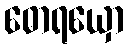
ဓောရယှော